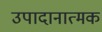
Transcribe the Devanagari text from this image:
उपादानात्मक